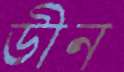
ডীন